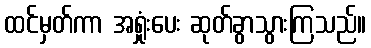
ထင်မှတ်ကာ အရှုံးပေး ဆုတ်ခွာသွားကြသည်။